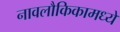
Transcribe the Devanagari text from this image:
नावलौकिकामध्ये